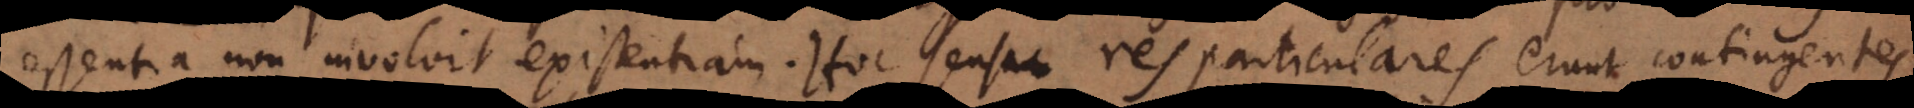
essentia non involvit existentiam. Hoc sensu res particulares erunt contingentes